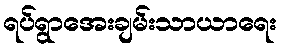
ရပ်ရွာအေးချမ်းသာယာရေး